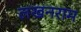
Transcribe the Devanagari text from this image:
लखनराम